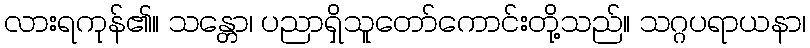
လားရကုန်၏။ သန္တော၊ ပညာရှိသူတော်ကောင်းတို့သည်။ သဂ္ဂပရာယနာ၊